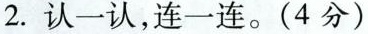
2.认一认，连一连。(4分)